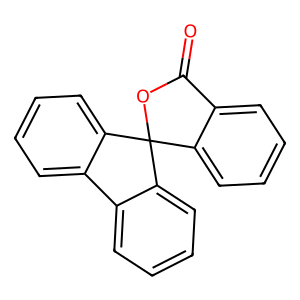
SMILES: O=C1OC2(c3ccccc31)c1ccccc1-c1ccccc12
Inhibits HIV replication: No